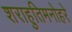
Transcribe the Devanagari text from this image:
शराहुतिमनोहरे